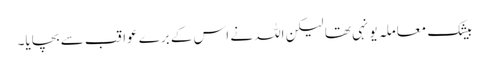
بیشک معاملہ یونہی تھا لیکن اللہ نے اس کے برے عواقب سے بچایا۔